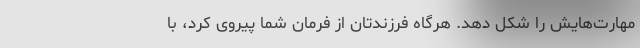
مهارت‌هایش را شکل دهد. هرگاه فرزندتان از فرمان شما پیروی کرد، با